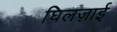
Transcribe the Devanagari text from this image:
घिलज़ाई